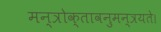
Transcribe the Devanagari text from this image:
मन्त्रोक्तावनुमन्त्रयते।